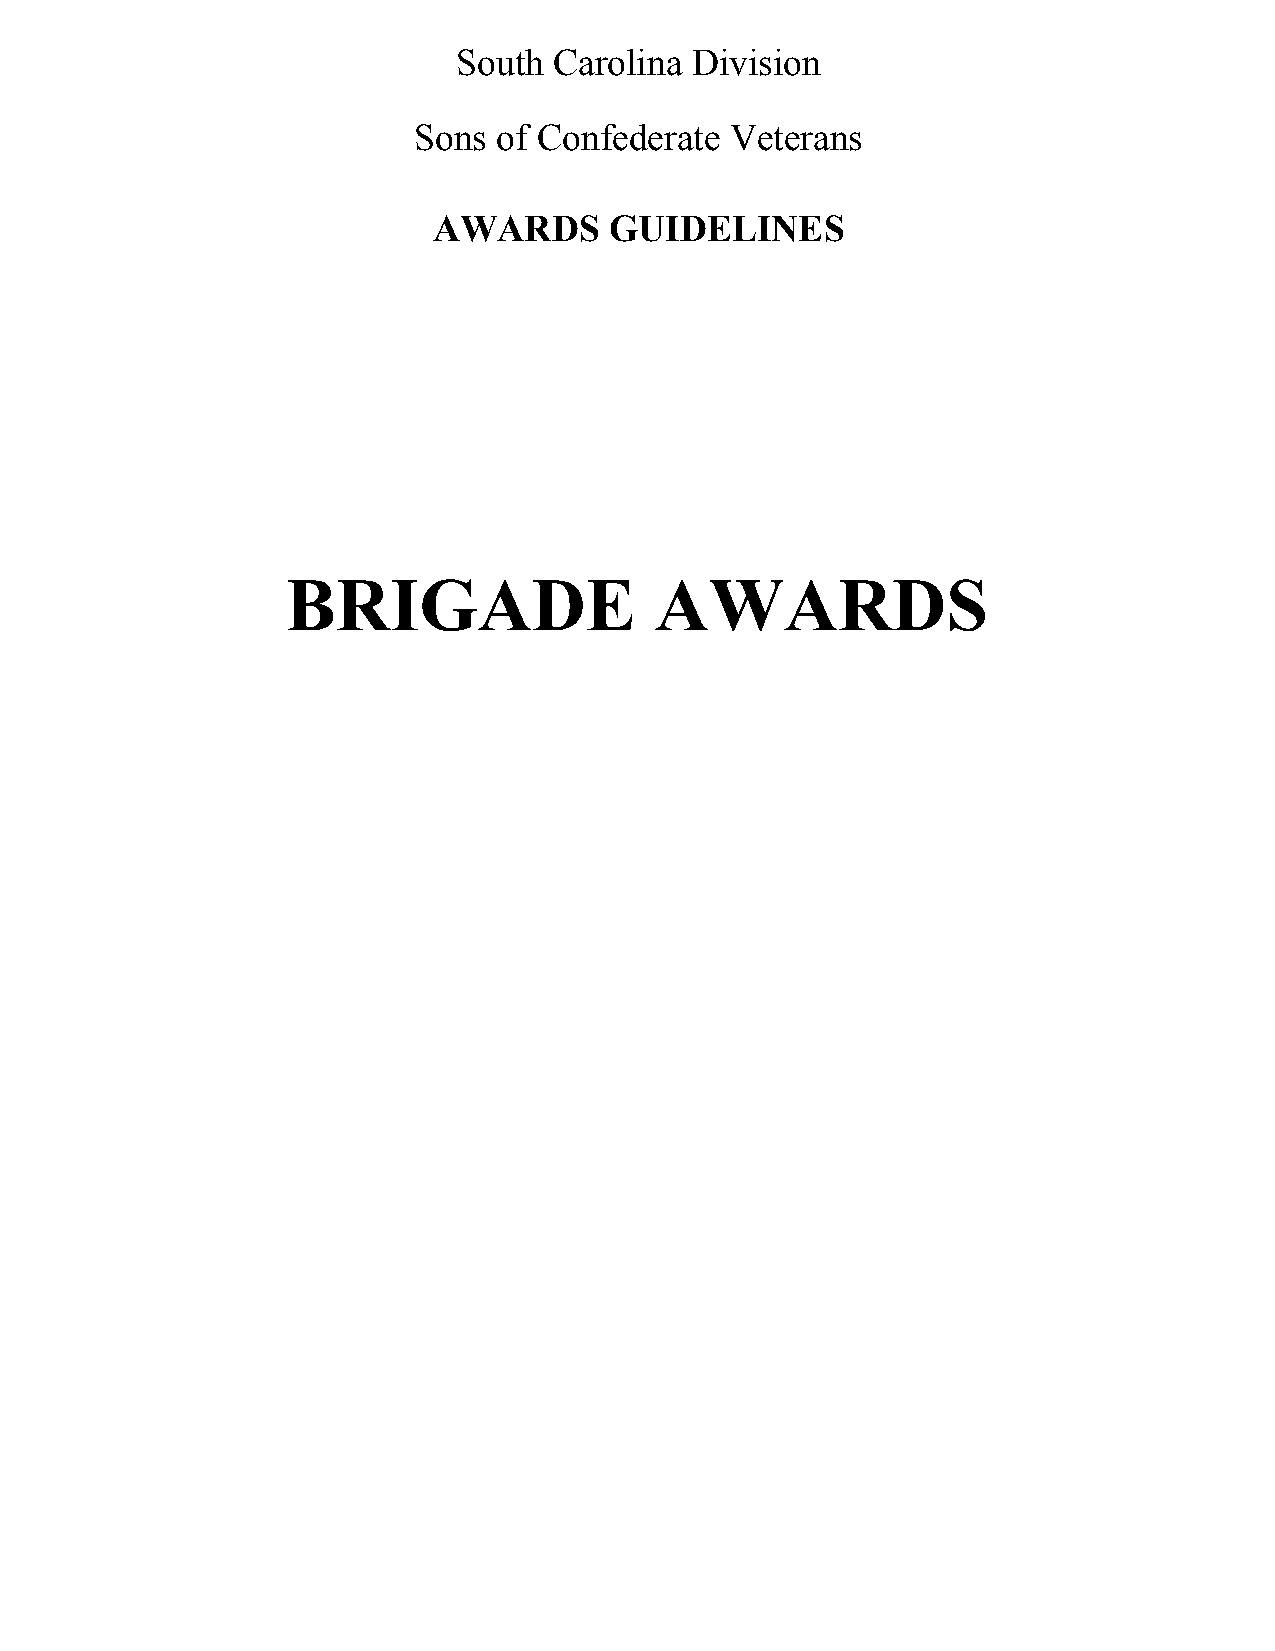
South  Carolina Division
 Sons  of Confederate Veterans
 AWARDS     GUIDELINES
 BRIGADE                 AWARDS